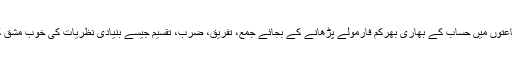
اخبار نے لکھا ہے کہ طلبہ کو ابتدائی جماعتوں میں حساب کے بھاری بھرکم فارمولے پڑھانے کے بجائے جمع، تفریق، ضرب، تقسیم جیسے بنیادی نظریات کی خوب مشق کرانی چاہیے تاکہ ان کی بنیاد مضبوط ہو۔